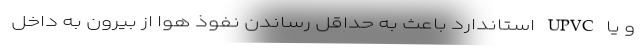
و یا UPVC استاندارد باعث به حداقل رساندن نفوذ هوا از بیرون به داخل